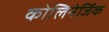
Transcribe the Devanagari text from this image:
कोलिनेर्जिक